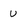
Character: U